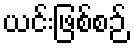
ယင်းဖြစ်စဉ်